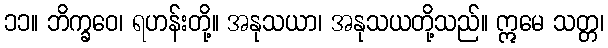
၁၁။ ဘိက္ခဝေ၊ ရဟန်းတို့။ အနုသယာ၊ အနုသယတို့သည်။ ဣမေ သတ္တ၊